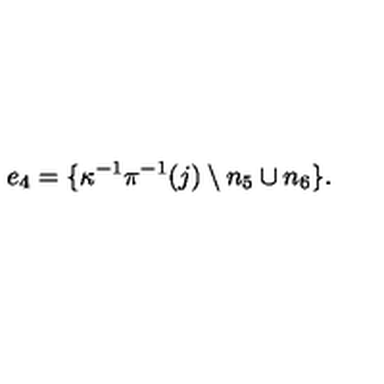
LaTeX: e _ { 4 } = \{ \kappa ^ { - 1 } \pi ^ { - 1 } ( j ) \setminus n _ { 5 } \cup n _ { 6 } \} .